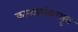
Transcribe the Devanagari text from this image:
काव्यालंकरसूत्र